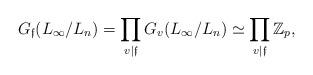
LaTeX: \begin{align*}G_{\frak f}(L_\infty/L_n)=\prod_{v\vert\frak f}G_v(L_\infty/L_n)\simeq\prod_{v\vert\frak f}\Bbb Z_p,\end{align*}